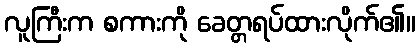
လူကြီးက စကားကို ခေတ္တရပ်ထားလိုက်၏။